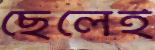
ছেলেই